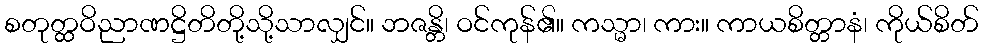
စတုတ္ထဝိညာဏဋ္ဌိတိတို့သို့သာလျှင်။ ဘဇန္တိ၊ ဝင်ကုန်၏။ ကသ္မာ၊ ကား။ ကာယစိတ္တာနံ၊ ကိုယ်စိတ်